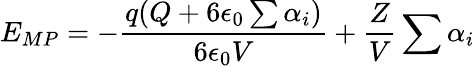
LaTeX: E_{MP}=-\frac{q(Q+6\epsilon_{0}\sum\alpha_{i})}{6\epsilon_{0}V}+\frac{Z}{V}\sum\alpha_{i}